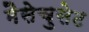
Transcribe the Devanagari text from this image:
मैसेचुसेट